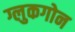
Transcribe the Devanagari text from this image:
ग्लुकगोन